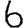
Digit: 6